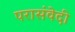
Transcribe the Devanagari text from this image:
परासंवेदी